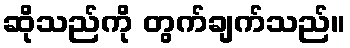
ဆိုသည်ကို တွက်ချက်သည်။